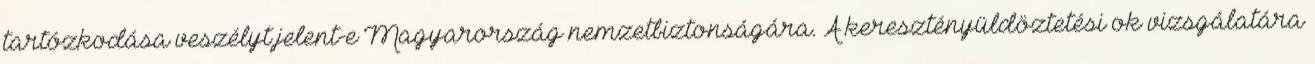
tartózkodása veszélyt jelent-e Magyarország nemzetbiztonságára. A keresztényüldöztetési ok vizsgálatára